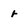
Character: r